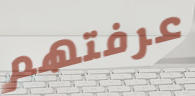
عرفتهم